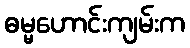
ဓမ္မဟောင်းကျမ်းက